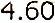
4.60